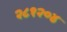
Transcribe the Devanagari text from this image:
२८१२०४